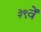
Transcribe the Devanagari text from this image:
३९वें